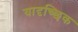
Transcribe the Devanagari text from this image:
यादृच्‍छिक